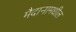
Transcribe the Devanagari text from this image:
मैदानामधील